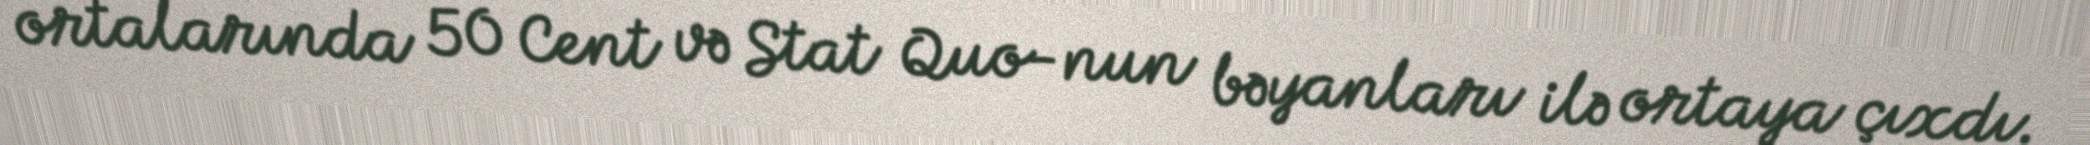
ortalarında 50 Cent və Stat Quo-nun bəyanları ilə ortaya çıxdı.